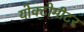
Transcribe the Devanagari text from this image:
योक्टोमीटर